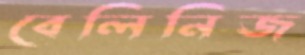
বেলিনিজ